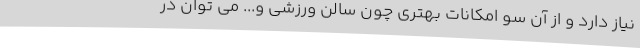
نیاز دارد و از آن سو امکانات بهتری چون سالن ورزشی و... می توان در